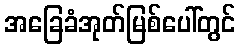
အခြေခံအုတ်မြစ်ပေါ်တွင်